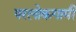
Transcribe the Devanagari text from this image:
परलोकगामी